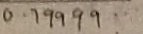
0 . 7 9 9 9 9 .